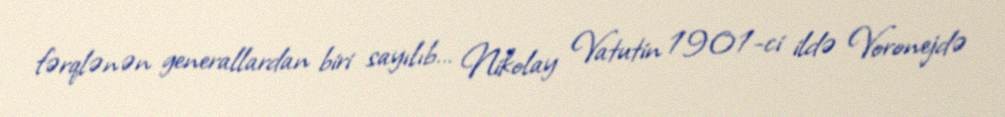
fərqlənən generallardan biri sayılıb… Nikolay Vatutin 1901-ci ildə Voronejdə